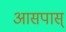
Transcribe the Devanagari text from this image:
आसपास्